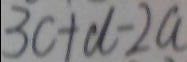
3 c + d - 2 a